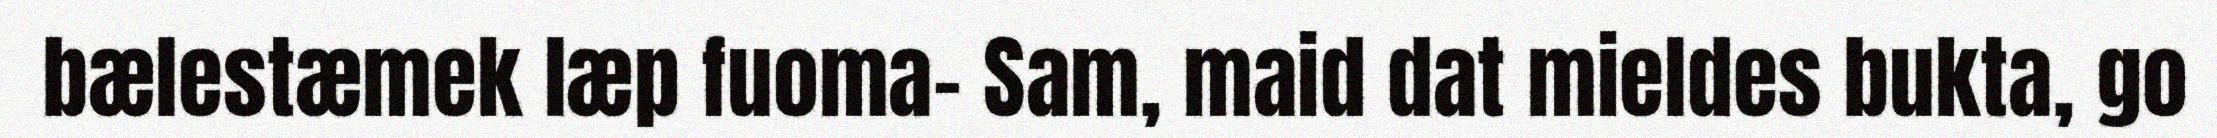
bælestæmek læp fuoma- Sam, maid dat mieldes bukta, go